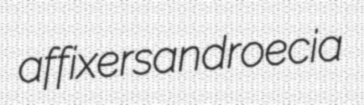
affixers androecia